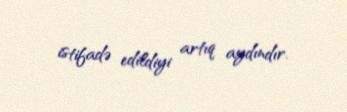
istifadə edildiyi artıq aydındır.